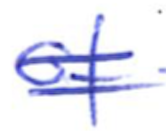
Text: of
Cross-out: mix
Writing tool: ballpoint